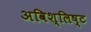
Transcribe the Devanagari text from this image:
अविश्लिष्ट